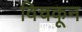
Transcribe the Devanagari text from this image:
विचकून